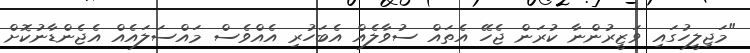
"މަޖިލީހުގައި ވަޒީރުންނާ ކުރަން ޖެހޭ އެތައް ސުވާލެއް އެބަހުރި އެއްވެސް މައްސަލައެއް އެޖެންޑާނުކޮށް